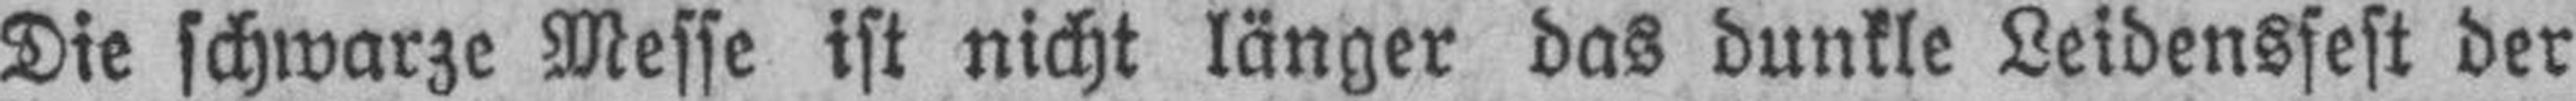
Die schwarze Messe ist nicht länger das dunkle Leidensfest der